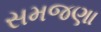
સમજણા